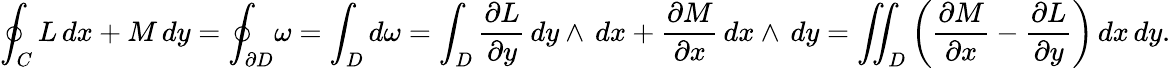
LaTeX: \oint_{C}L\, dx+M\, dy=\oint_{\partial D}\! \omega=\int_{D}d\omega=\int_{D}{\frac{\partial L}{\partial y}}\, dy\wedge\, dx+{\frac{\partial M}{\partial x}}\, dx\wedge\, dy=\iint_{D}\left({\frac{\partial M}{\partial x}}-{\frac{\partial L}{\partial y}}\right)\, dx\, dy.